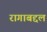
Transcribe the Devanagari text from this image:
रागाबद्दल